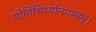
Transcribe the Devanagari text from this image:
योगिभिर्ध्यानगम्यम्।